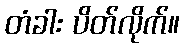
တံခါး ပိတ်လိုက်။